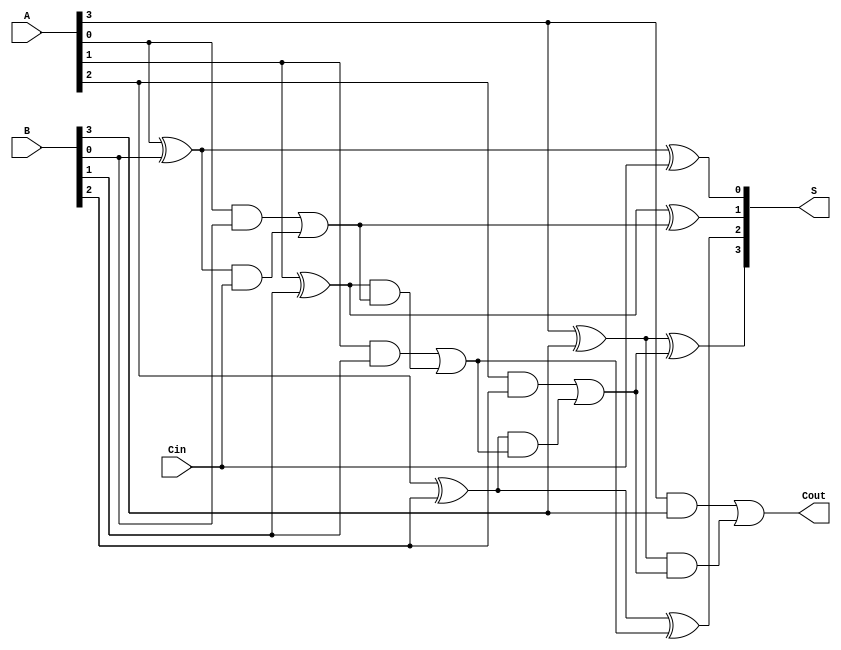
module HanCarlsonAdder #(parameter n = 4) (
    input  [n-1:0] A,        // n-bit input A
    input  [n-1:0] B,        // n-bit input B
    input         Cin,       // Carry-in
    output [n-1:0] S,        // n-bit sum output
    output        Cout       // Carry-out
);

    wire [n-1:0] C;          // Carry outputs
    wire [n-1:0] P;          // Propagate signals
    wire [n-1:0] G;          // Generate signals

    // Generate and propagate signals
    genvar i;
    generate
        for (i = 0; i < n; i = i + 1) begin : gen_prop
            assign P[i] = A[i] ^ B[i];      // Propagate
            assign G[i] = A[i] & B[i];      // Generate
        end
    endgenerate

    // Carry generation logic
    assign C[0] = G[0] | (P[0] & Cin);  // Carry-out for the least significant bit
    generate
        for (i = 1; i < n; i = i + 1) begin : carry_gen
            assign C[i] = G[i] | (P[i] & C[i-1]); // Carry for subsequent bits
        end
    endgenerate

    // Sum calculation
    generate
        for (i = 0; i < n; i = i + 1) begin : sum_calc
            assign S[i] = P[i] ^ (i == 0 ? Cin : C[i-1]); // Sum calculation
        end
    endgenerate

    // Final carry-out
    assign Cout = C[n-1];

endmodule